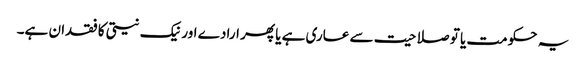
یہ حکومت یا تو صلاحیت سے عاری ہے یا پھر ارادے اور نیک نیتی کا فقدان ہے۔